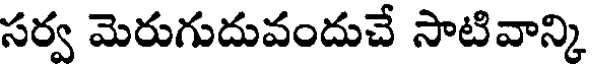
సర్వ మెరుగుదువందుచే సాటివాన్కి